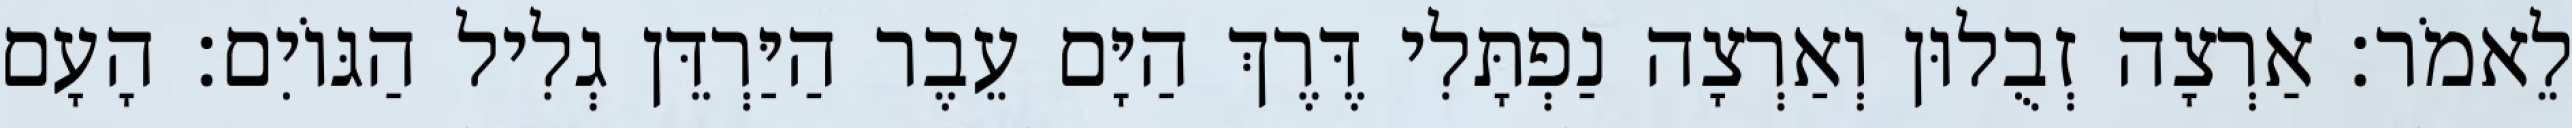
לֵאמֹר׃ אַרְצָה זְבֻלוּן וְאַרְצָה נַפְתָּלִי דֶּרֶךְ הַיָּם עֵבֶר הַיַּרְדֵּן גְלִיל הַגּוֹיִם׃ הָעָם